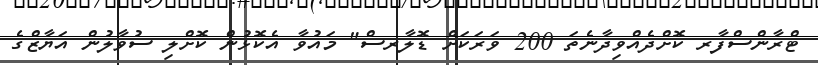
ޓްރާންސްފާރ ކޮށްދެއްވިދާނެތަ 200 ވަރަކަށް ޑޮލާރސް" މައުވާ އެކޮޅުން ކޮށްލި ސުވާލުން އަޔާޒްގެ